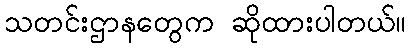
သတင်းဌာနတွေက ဆိုထားပါတယ်။